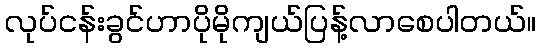
လုပ်ငန်းခွင်ဟာပိုမိုကျယ်ပြန့်လာစေပါတယ်။